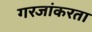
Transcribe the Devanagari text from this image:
गरजांकरता